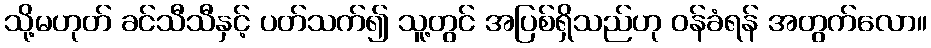
သို့မဟုတ် ခင်သီသီနှင့် ပတ်သက်၍ သူ့တွင် အပြစ်ရှိသည်ဟု ဝန်ခံရန် အတွက်လော။